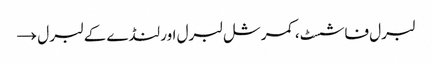
لبرل فاشسٹ، کمرشل لبرل اور لنڈے کے لبرل →